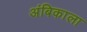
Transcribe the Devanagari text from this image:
अंबिकाला